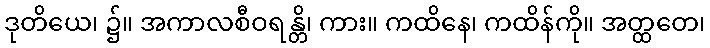
ဒုတိယေ၊ ၌။ အကာလစီဝရန္တိ၊ ကား။ ကထိနေ၊ ကထိန်ကို။ အတ္ထတေ၊